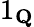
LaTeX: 1_{\mathbf{Q}}